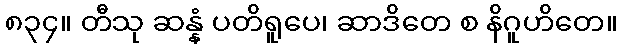
၈၃၄။ တီသု ဆန္နံ ပတိရူပေ၊ ဆာဒိတေ စ နိဂူဟိတေ။